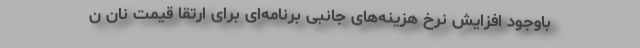
باوجود افزایش نرخ هزینه‌های جانبی برنامه‌ای برای ارتقا قیمت نان ن